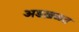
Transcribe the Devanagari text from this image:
अडख़ळत